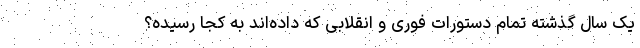
یک‌ سال گذشته تمام دستورات فوری و انقلابی که داده‌اند به کجا رسیده؟